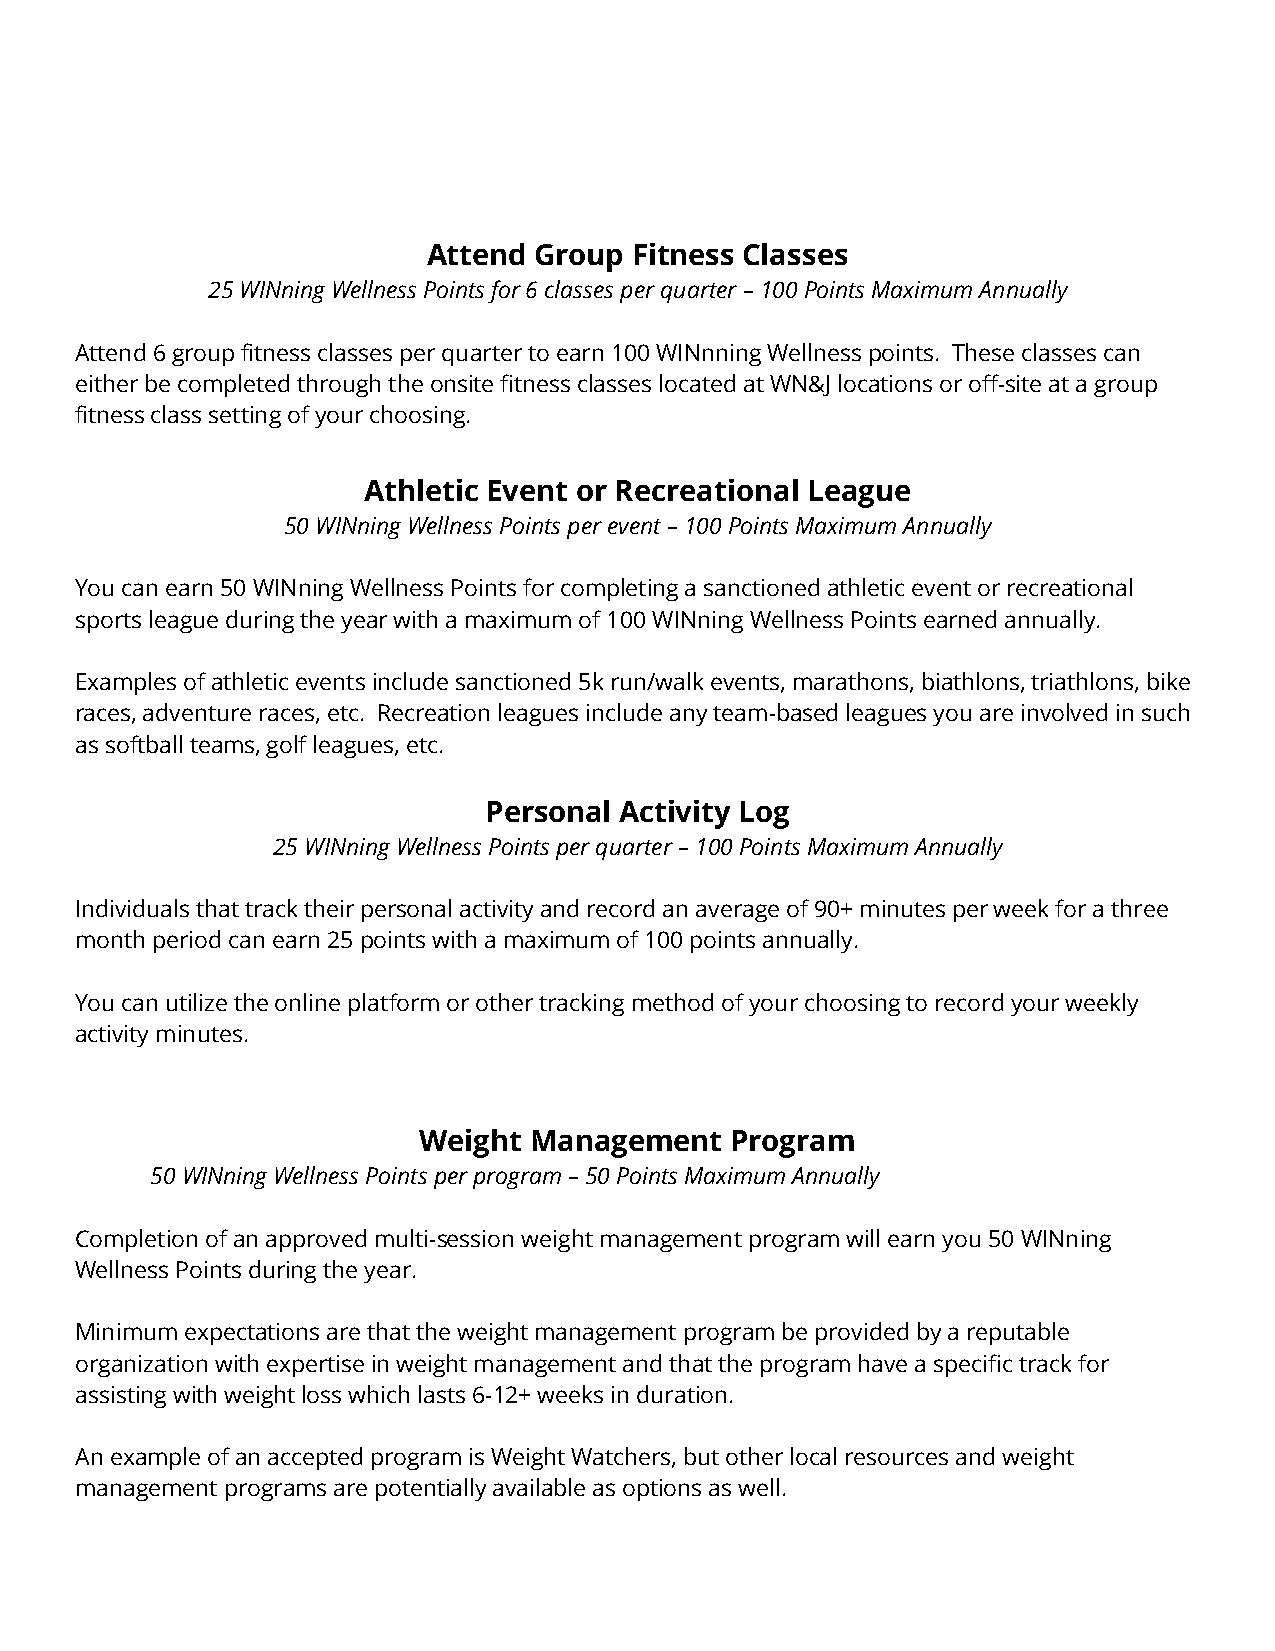
Attend Group  Fitness Classes
 25 WINning Wellness Points for 6 classes per quarter – 100 Points Maximum Annually
 Attend 6 group fitness classes per quarter to earn 100 WINnning Wellness points. These classes can
 either be completed through the onsite fitness classes located at WN&J locations or off-site at a group
 fitness class setting of your choosing.
 Athletic Event or Recreational League
 50 WINning Wellness Points per event – 100 Points Maximum Annually
 You can earn 50 WINning Wellness Points for completing a sanctioned athletic event or recreational
 sports league during the year with a maximum of 100 WINning Wellness Points earned annually.
 Examples of athletic events include sanctioned 5k run/walk events, marathons, biathlons, triathlons, bike
 races, adventure races, etc. Recreation leagues include any team-based leagues you are involved in such
 as softball teams, golf leagues, etc.
 Personal Activity Log
 25 WINning Wellness Points per quarter – 100 Points Maximum Annually
 Individuals that track their personal activity and record an average of 90+ minutes per week for a three
 month period can earn 25 points with a maximum of 100 points annually.
 You can utilize the online platform or other tracking method of your choosing to record your weekly
 activity minutes.
 Weight Management   Program
 50 WINning Wellness Points per program – 50 Points Maximum Annually
 Completion of an approved multi-session weight management program will earn you 50 WINning
 Wellness Points during the year.
 Minimum expectations are that the weight management program be provided by a reputable
 organization with expertise in weight management and that the program have a specific track for
 assisting with weight loss which lasts 6-12+ weeks in duration.
 An example of an accepted program is Weight Watchers, but other local resources and weight
 management programs are potentially available as options as well.